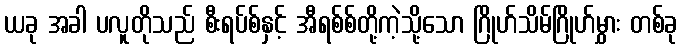
ယခု အခါ ပလူတိုသည် စီးရပ်စ်နှင့် အီရစ်စ်တို့ကဲ့သို့သော ဂြိုဟ်သိမ်ဂြိုဟ်မွှား တစ်ခု